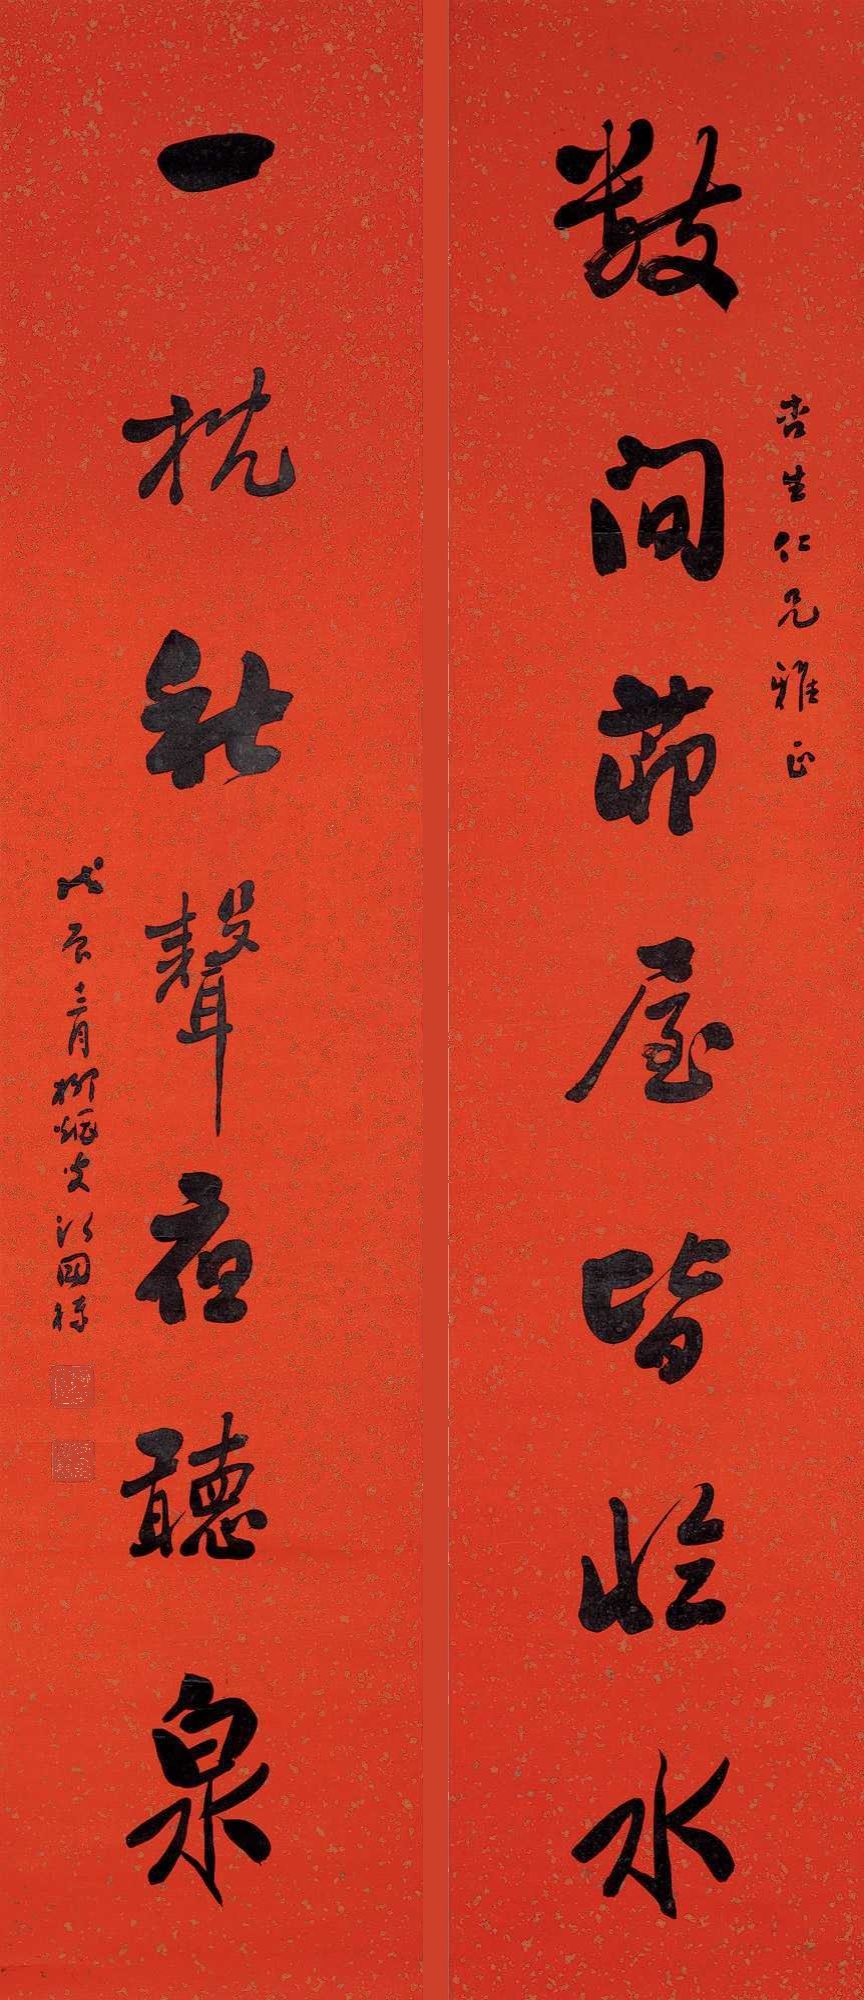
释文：数间茆屋皆临水，一枕秋声夜听泉。杏生仁兄雅正。戊辰十二月柳烟叟江国栋。